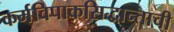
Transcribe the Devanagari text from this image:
कर्मविपाकसिद्धान्ताची